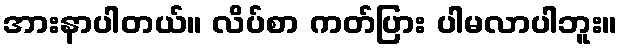
အားနာပါတယ်။ လိပ်စာ ကတ်ပြား ပါမလာပါဘူး။